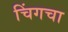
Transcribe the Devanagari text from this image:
चिंगचा